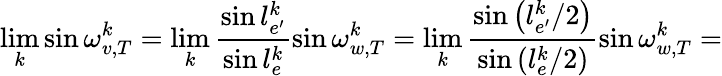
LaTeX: \operatorname*{lim}_{k}\sin\omega_{v,T}^{k}=\operatorname*{lim}_{k}\frac{\sin l_{e^{\prime}}^{k}}{\sin l_{e}^{k}}\sin\omega_{w,T}^{k}=\operatorname*{lim}_{k}\frac{\sin\left(l_{e^{\prime}}^{k}/2\right)}{\sin\left(l_{e}^{k}/2\right)}\sin\omega_{w,T}^{k}=